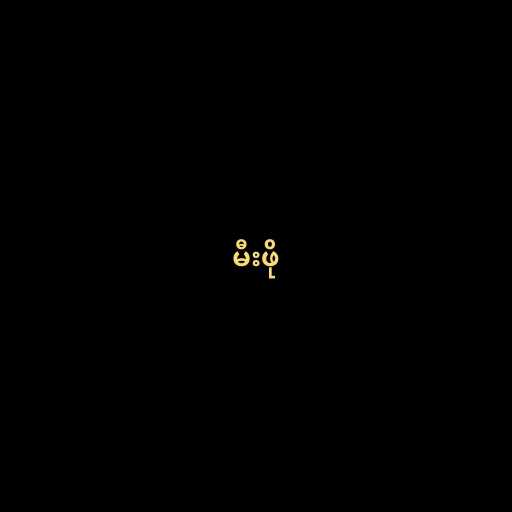
မီးဖို